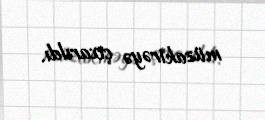
müzakirəyə çıxarıldı.